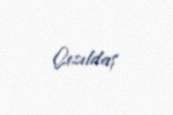
Qızıldaş